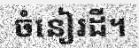
ចំនៀរដី។